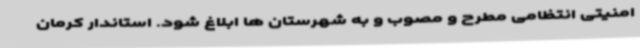
امنیتی انتظامی مطرح و مصوب و به شهرستان ها ابلاغ شود. استاندار کرمان